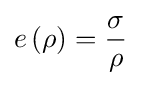
e\left(\rho \right)={\frac {\sigma }{\rho }}